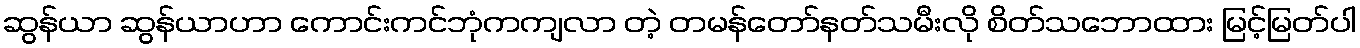
ဆွန်ယာ ဆွန်ယာဟာ ကောင်းကင်ဘုံကကျလာ တဲ့ တမန်တော်နတ်သမီးလို စိတ်သဘောထား မြင့်မြတ်ပါ